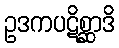
ဥဒကပဋိစ္ဆာဒိ